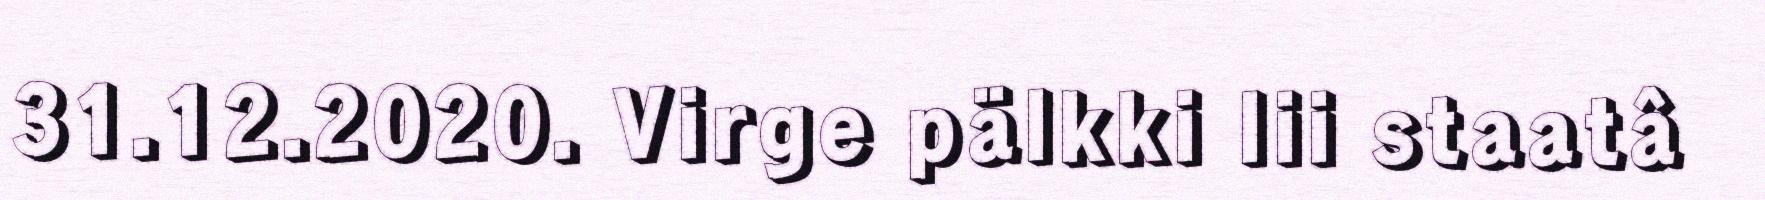
31.12.2020. Virge pälkki lii staatâ